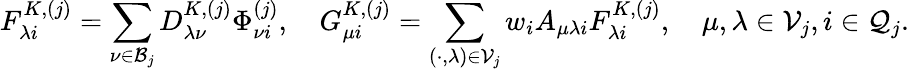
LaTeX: F_{\lambda i}^{K,(j)}=\sum_{\nu\in\mathcal{B}_{j}}D_{\lambda\nu}^{K,(j)}\Phi_{\nu i}^{(j)},\quad G_{\mu i}^{K,(j)}=\sum_{(\cdot,\lambda)\in\mathcal{V}_{j}}w_{i}A_{\mu\lambda i}F_{\lambda i}^{K,(j)},\quad\mu,\lambda\in\mathcal{V}_{j},i\in\mathcal{Q}_{j}.